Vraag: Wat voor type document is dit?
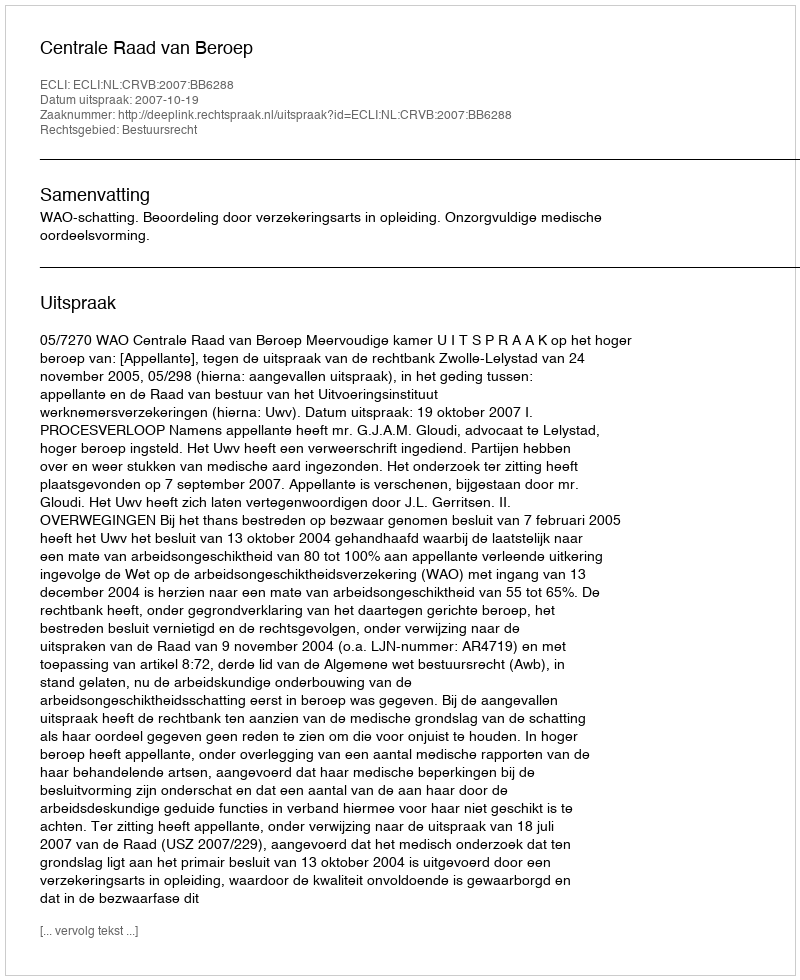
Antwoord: Uitspraak